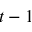
t - 1